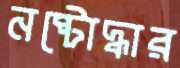
নষ্টোদ্ধার